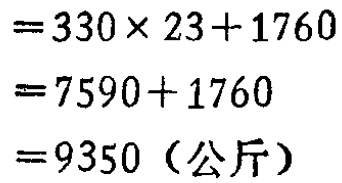
\[
\begin{align*}
&=330\times 23 + 1760\\
&=7590+1760\\
&=9350 \text{（公斤）}
\end{align*}
\]